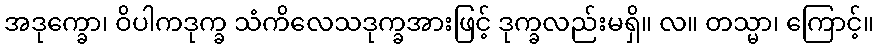
အဒုက္ခော၊ ဝိပါကဒုက္ခ သံကိလေသဒုက္ခအားဖြင့် ဒုက္ခလည်းမရှိ။ လ။ တသ္မာ၊ ကြောင့်။